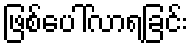
ဖြစ်ပေါ်လာရခြင်း